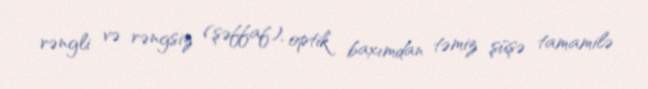
rəngli və rəngsiz (şəffaf), optik baxımdan təmiz şüşə tamamilə